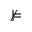
\nvDash